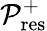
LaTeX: \mathcal{P}_{\mathrm{res}}^{+}